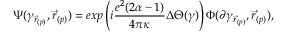
\Psi ( \gamma _ { \vec { r } _ { ( p ) } } , \vec { r } _ { ( p ) } ) = e x p \left( i \frac { e ^ { 2 } ( 2 \alpha - 1 ) } { 4 \pi \kappa } \Delta \Theta ( \gamma ) \right) \Phi ( \partial \gamma _ { \vec { r } _ { ( p ) } } , \vec { r } _ { ( p ) } ) ,